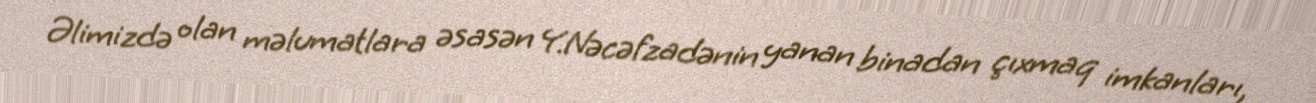
Əlimizdə olan məlumatlara əsasən Y.Nəcəfzadənin yanan binadan çıxmaq imkanları,